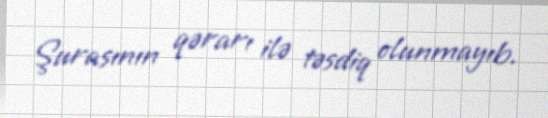
Şurasının qərarı ilə təsdiq olunmayıb.